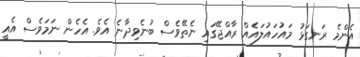
އެންމެ ރަނގަޅު މައުހައުލައެއް ރާއްޖޭގައި ނެތޭވެސް ބުނެވިދާނެ އެވެ. އެހެން ނަމަވެސް އެއީ